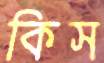
কিস